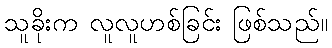
သူခိုးက လူလူဟစ်ခြင်း ဖြစ်သည်။